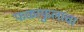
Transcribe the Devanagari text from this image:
फळाफुलांचा